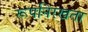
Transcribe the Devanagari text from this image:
रूपनिरखता